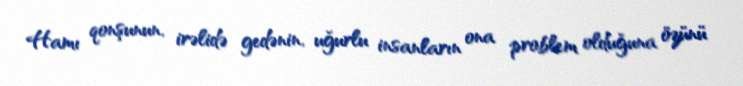
Hamı qonşunun, irəlidə gedənin, uğurlu insanların ona problem olduğuna özünü